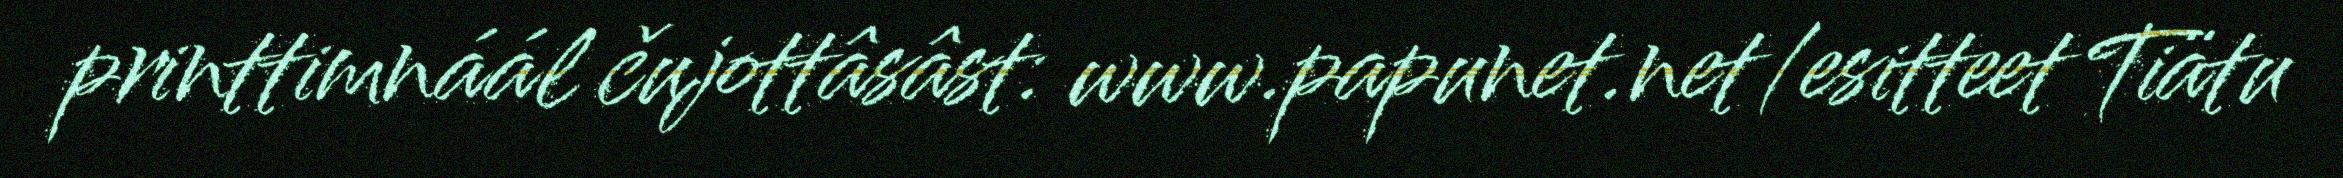
printtimnáál čujottâsâst: www.papunet.net/esitteet Tiätu